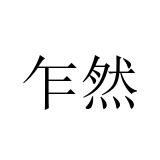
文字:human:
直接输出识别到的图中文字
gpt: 乍然